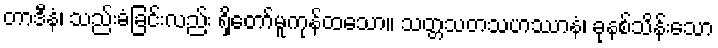
တာဒီနံ၊ သည်းခံခြင်းလည်း ရှိတော်မူကုန်ထသော။ သတ္တသတသဟဿာနံ၊ ခုနစ်သိန်းသော